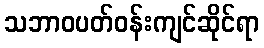
သဘာဝပတ်ဝန်းကျင်ဆိုင်ရာ